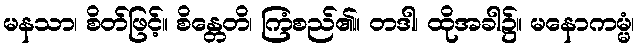
မနသာ၊ စိတ်ဖြင့်။ စိန္တေတိ၊ ကြံစည်၏။ တဒါ၊ ထိုအခါ၌။ မနောကမ္မံ၊